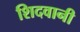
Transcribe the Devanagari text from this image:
शिदवानी